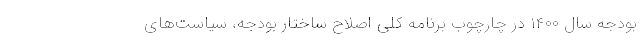
بودجه سال ۱۴۰۰ در چارچوب برنامه کلی اصلاح ساختار بودجه، سیاست‌های